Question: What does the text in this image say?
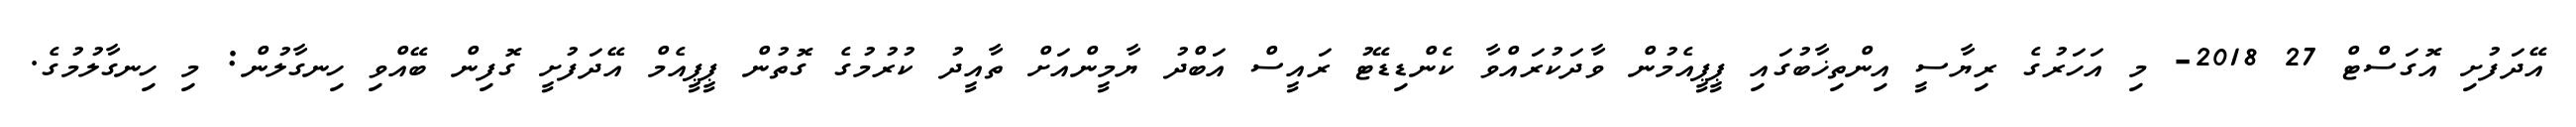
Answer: އޭދަފުށި އޮގަސްޓް 27 2018- މި އަހަރުގެ ރިޔާސީ އިންތިޚާބުގައި ޕީޕީއެމުން ވާދަކުރައްވާ ކެންޑިޑޭޓު ރައީސް އަބްދު ޔާމީންއަށް ތާއީދު ކުރުމުގެ ގޮތުން ޕީޕީއެމް އޭދަފުށީ ގޮފިން ބޭއްވި ހިނގާލުން: މި ހިނގާލުމުގެ.